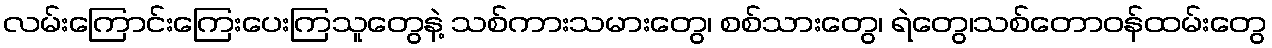
လမ်းကြောင်းကြေးပေးကြသူတွေနဲ့ သစ်ကားသမားတွေ၊ စစ်သားတွေ၊ ရဲတွေ၊သစ်တောဝန်ထမ်းတွေ